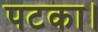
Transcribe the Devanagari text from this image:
पटका।